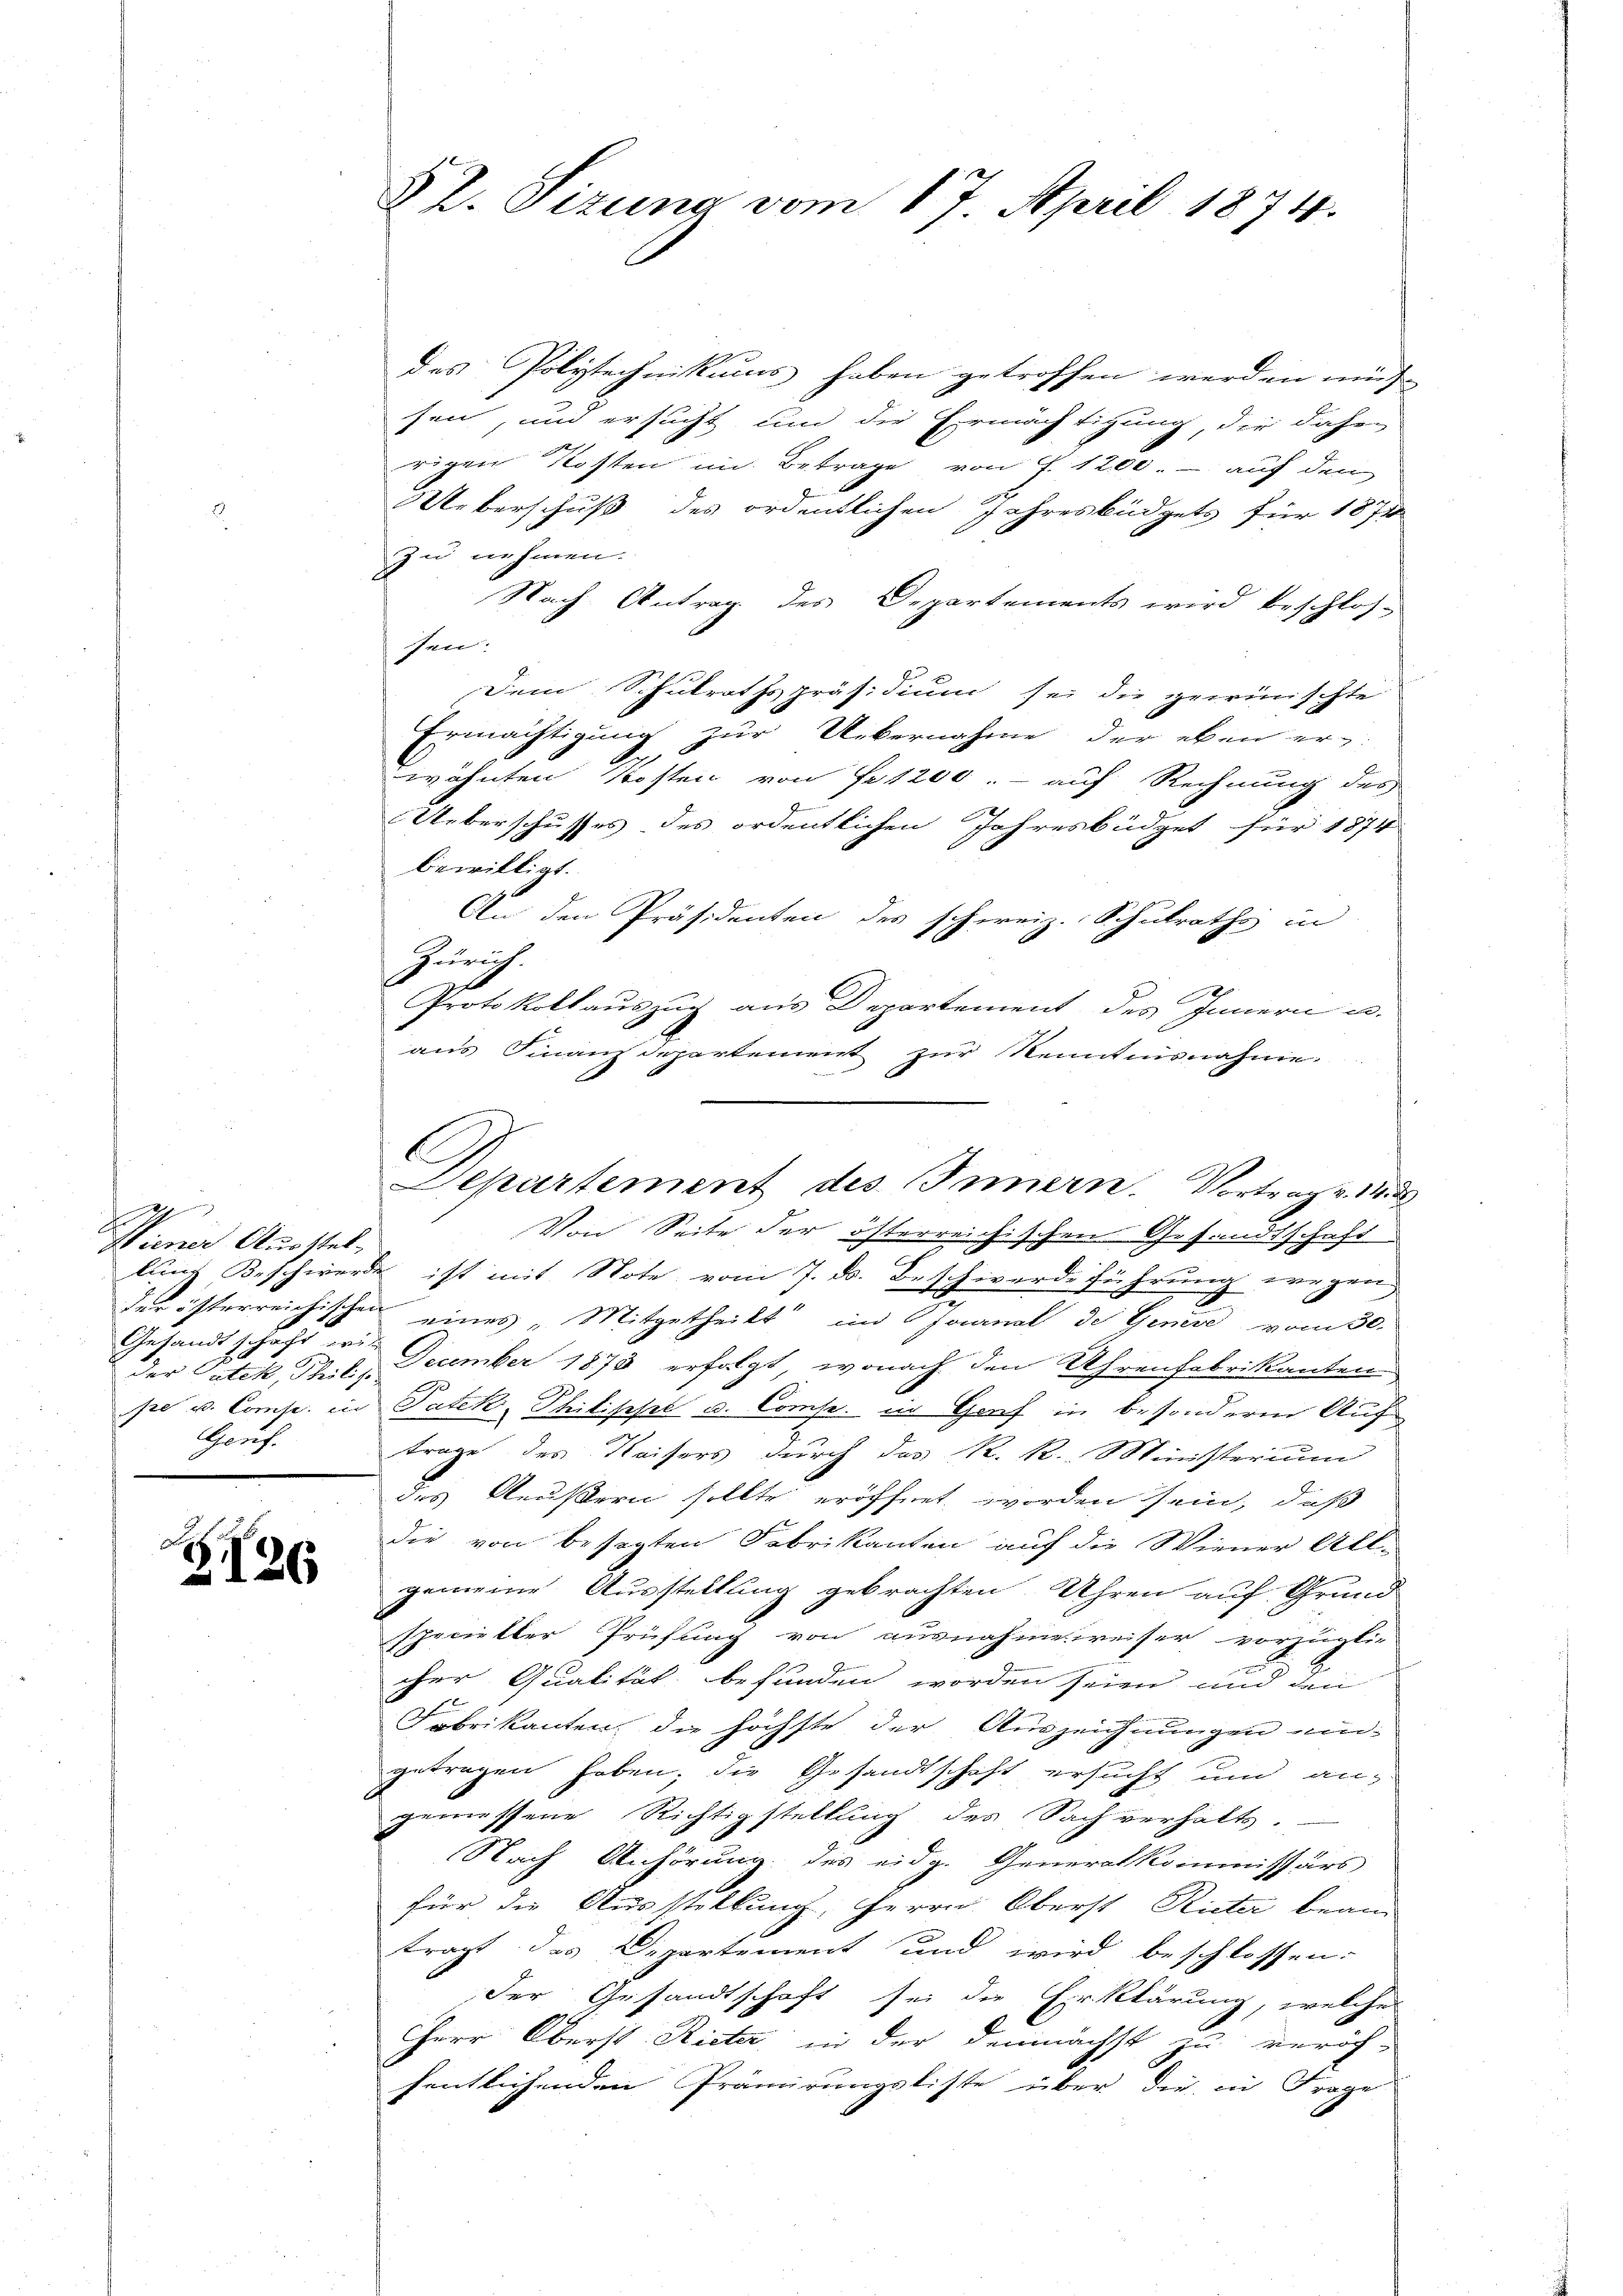
e
Wiener Ausstel-
Gesandt schaft wei
der Catek, Philis
Gorf.

r
S126

des Polytechnikums haben getroffen werden müs
sen, und ersucht um die Ermächtigung die daher
rigen Kosten im Betrage von f. 1200.- auf den
Ueberschuß des ordentlichen Jahresbüdgets für 1871
zu nehmen.
Nach Antrag des Departements wird beschlos-
sen:
Dem Schulrathspräsidium sei die gewünschte
Ermächtigung zur Uebernahme der eben er-
wähnten Kosten von Fr. 1200.- auf Rechnung des
Ueberschusses des ordentlichen Jahresbüdget für 1874
bewilligt.
An den Präsidenten des schweiz. Schulraths in
Zürich.
2
Protokollauszug aus Departement des Innern u.
aus Finanzdepartement zur Kenntnisnahme.
Von Seite der österreichischen Gesandtschaft
lung Beschwerde ist mit Note vom 7. d. Beschwerdeführung wegen
der österreichischen eines „Mitgetheilt im Journal de Genere vom 30.
December 1878 erfolgt, wonach den Uhrenfabrikanten
Ge
pe u. Comp. in Patek, Philisipel u. Comp. in Graf in besondere Auftrage des Kaisers durch das R. R. Ministerium
des Aeußern sollte eröffnet worden sein, daß
die von besagten Fabrikanten auf die Wiener All-
gemeine Ausstellung gebrachten Uhren auf Grund
specieller Prüfung von ausnahme weiser vorzüglic
cher Qualität befunden worden seien und den
Fabrikanten, die höchste der Auszeichnungen ungetragen haben; die Gesandtschaft ersucht und an-
gemessene Richtigstellung des Sachverhalts-
Nach Anhörung des eidg. Generalkommissärs
für die Ausstellung, Herrn Oberst Rieter beam
tragt das Departement und wird beschlossen:
Der Gesandtschaft sei die Erklärung, welche
Herr Oberst Rieter in der demnächst zu veröf-
fentlichenden Prämirungsliste über die in Frage

82. Sizung vom 17. April 1874.

C

Departement des Innern. Vortrag v. 14. d